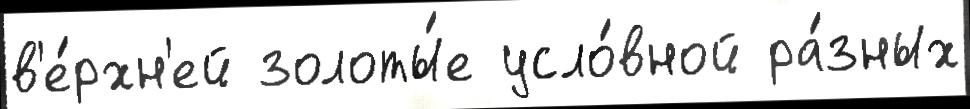
в'е́рхн'ей золоты́е усло́вной ра́зных